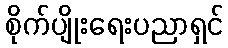
စိုက်ပျိုးရေးပညာရှင်